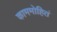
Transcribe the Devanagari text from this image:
काममोहितं